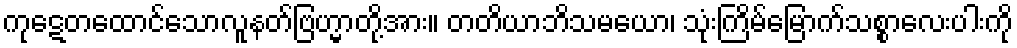
ကုဋေတထောင်သောလူနတ်ဗြဟ္မာတို့အား။ တတိယာဘိသမယော၊ သုံးကြိမ်မြောက်သစ္စာလေးပါးကို